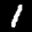
Label: 1